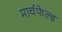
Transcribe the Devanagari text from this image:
मार्चफेल्ड